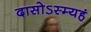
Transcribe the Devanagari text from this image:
दासोऽस्म्यहं